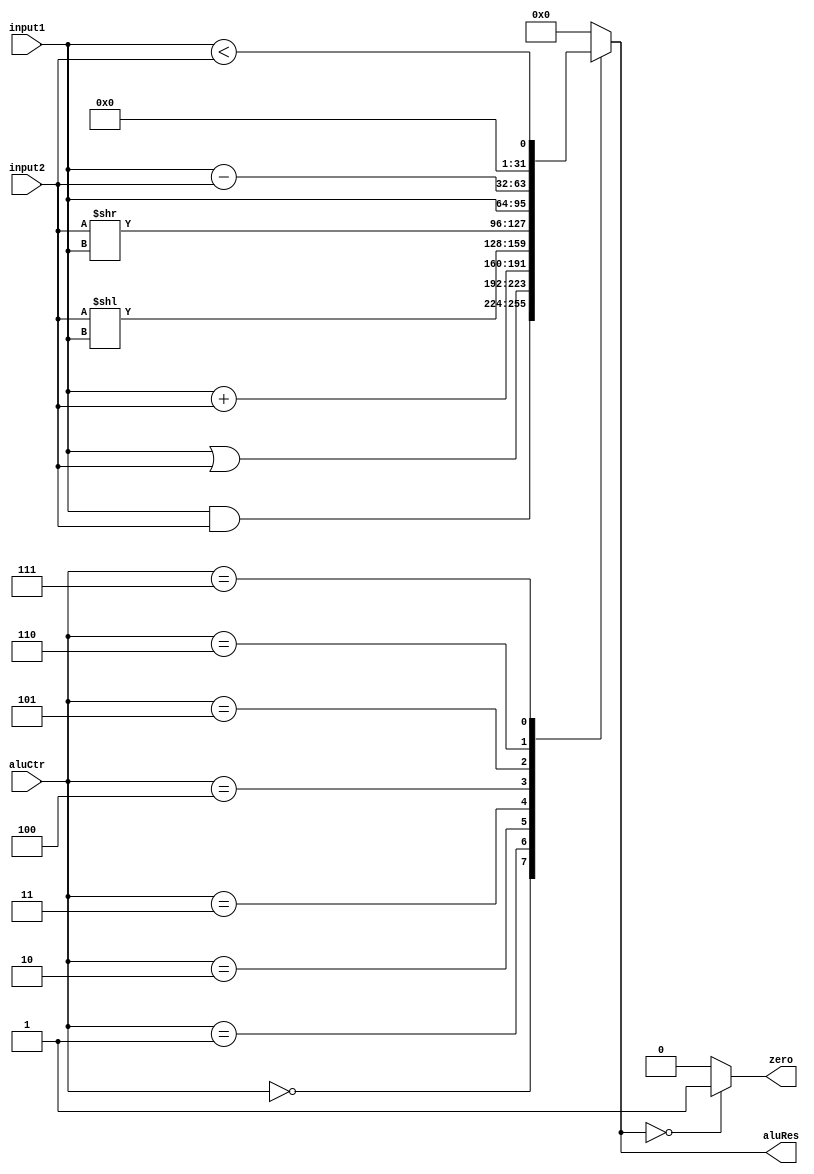
`timescale 1ns / 1ps
//////////////////////////////////////////////////////////////////////////////////
// Company: 
// Engineer: 
// 
// Design Name: 
// Module Name: ALU
// Project Name: 
// Target Devices: 
// Tool Versions: 
// Description: 
// 
// Dependencies: 
// 
// Revision:
// Revision 0.01 - File Created
// Additional Comments:
// 
//////////////////////////////////////////////////////////////////////////////////


module ALU(
    input [31:0] input1,
    input [31:0] input2,
    input [3:0] aluCtr,
    output zero,
    output [31:0] aluRes
    );
    reg Zero;
    reg [31:0] ALURes;
    always @ (input1 or input2 or aluCtr)
    begin
        case(aluCtr)
            4'b0000:    //and
                ALURes=input1&input2;
            4'b0001:    //or
                ALURes=input1|input2;
            4'b0010:    //add
                ALURes=input1+input2;
            4'b0011:    //left-shift
                ALURes=input2<<input1;
            4'b0100:    //right-shift
                ALURes=input2>>input1;
            4'b0101:    //j
                ALURes=input1;
            4'b0110:    //sub
                ALURes=input1-input2;
            4'b0111:    //set less than
                ALURes=($signed(input1)<$signed(input2));
            default:
                ALURes=0;
        endcase
        if(ALURes==0)
            Zero=1;
        else
            Zero=0;
    end
    assign zero=Zero;
    assign aluRes=ALURes;
endmodule